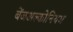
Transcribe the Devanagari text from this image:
बेंजअल्कोनियम